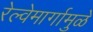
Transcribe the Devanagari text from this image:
रेल्वेमार्गामुळे